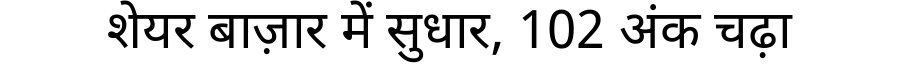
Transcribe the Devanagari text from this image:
शेयर बाज़ार में सुधार, 102 अंक चढ़ा